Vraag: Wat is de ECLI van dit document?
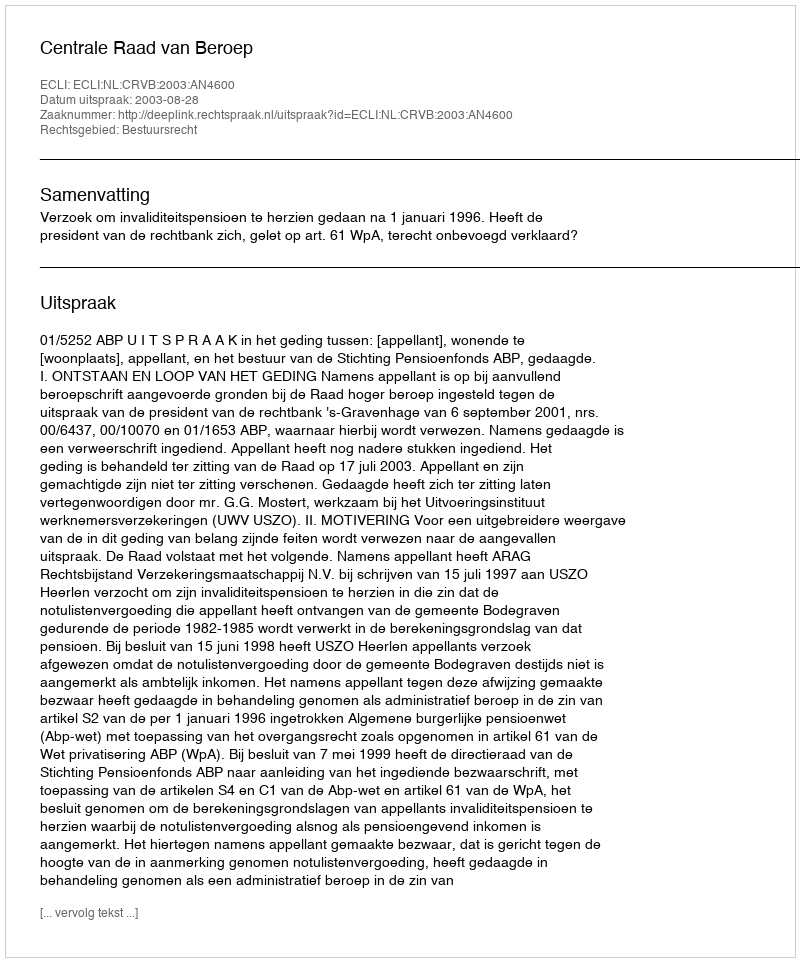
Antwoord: ECLI:NL:CRVB:2003:AN4600